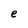
Character: e